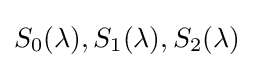
S_{0}(\lambda ),S_{1}(\lambda ),S_{2}(\lambda )